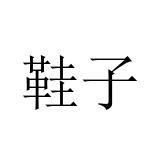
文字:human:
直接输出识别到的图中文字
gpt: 鞋子